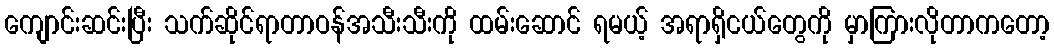
ကျောင်းဆင်းပြီး သက်ဆိုင်ရာတာဝန်အသီးသီးကို ထမ်းဆောင် ရမယ့် အရာရှိငယ်တွေကို မှာကြားလိုတာကတော့